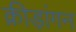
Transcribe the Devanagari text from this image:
क्रीड़ांगन